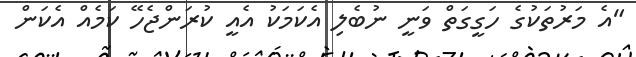
"އެ މަރުތަކުގެ ހަގީގަތް ވަނީ ނުބެލި އެކަމަކު އެއީ ކުރަންޖެހޭ ކަމެއް އެކަން